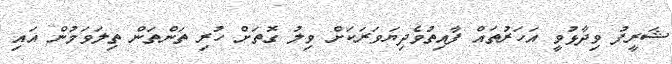
ޝަރީފު ވިދާޅުވީ އަހަރުތައް ފާއިތުވެދިޔަވަރަކަށް ވިލު ގޮތަށް ހުރި ތަންތަން ތިލަވަމުން އައި